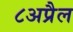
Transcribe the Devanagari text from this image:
८अप्रैल